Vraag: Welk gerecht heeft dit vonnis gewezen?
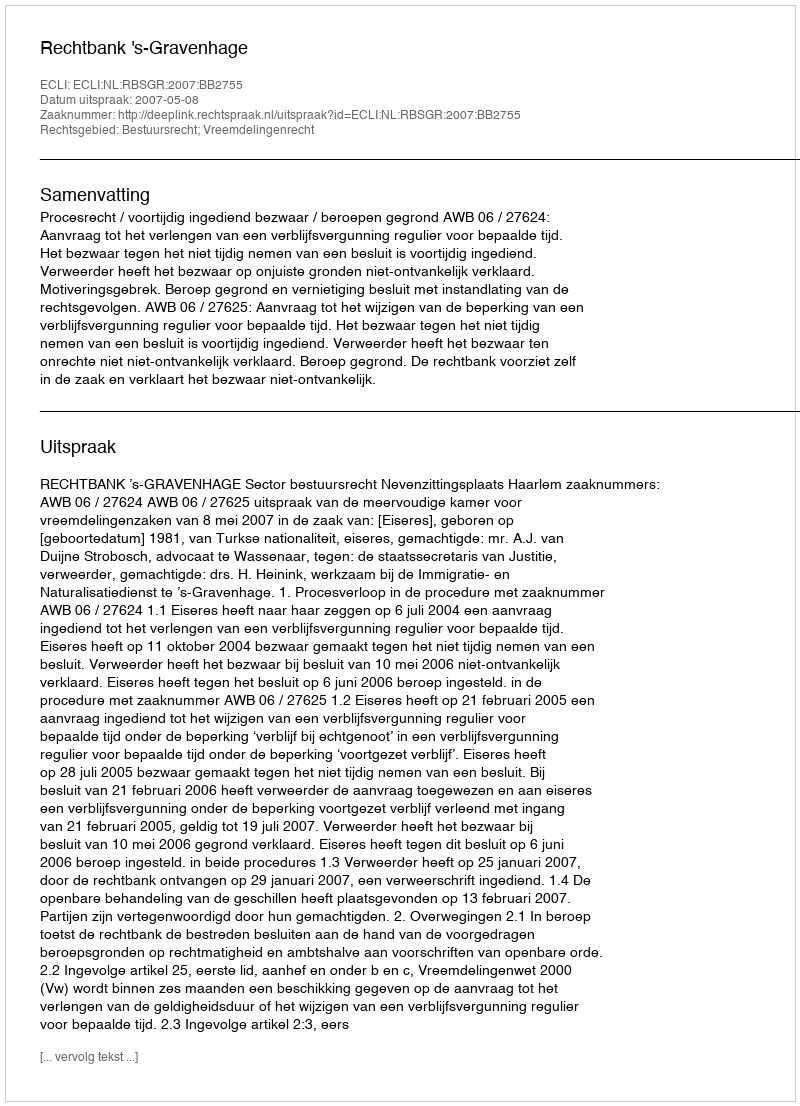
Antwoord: Rechtbank 's-Gravenhage